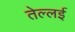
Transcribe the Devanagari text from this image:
तेल्लई